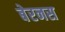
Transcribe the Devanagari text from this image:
बेरनस